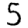
Digit: 5